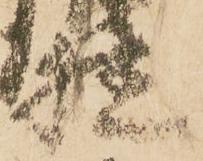
植